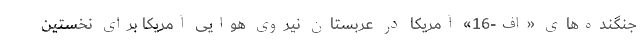
جنگنده‌های «اف-16» آمریکا در عربستان نیروی هوایی آمریکا برای نخستین